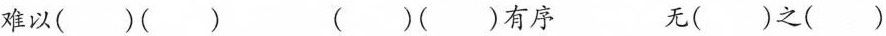
难以( )( ) ( )( )有序 无( )之( )